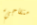
متفاجيء